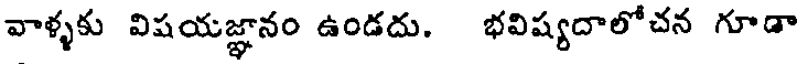
వాళ్ళకు విషయజ్ఞానం ఉండదు. భవిష్యదాలోచన గూడా